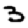
Digit: 5